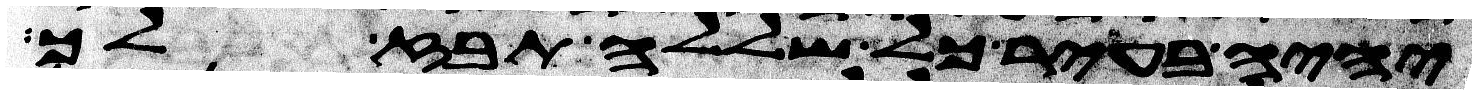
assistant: יהיה בעיר כל שללה תבז לך